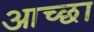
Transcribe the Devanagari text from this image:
आच्छा